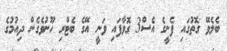
ބެލެވޭ ގޮތުގައި ފެނީގެ އެސް3 ގޮވާފައި ވަނީ އޭގެ ބެޓްރި ހޫނުވެގެން ދިއުމުގެ